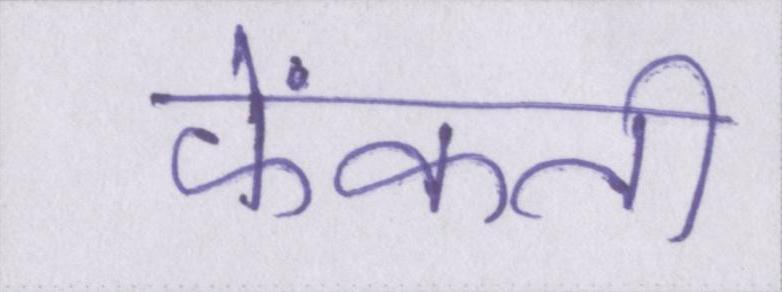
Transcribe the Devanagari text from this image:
फेंकती